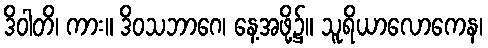
ဒိဝါတိ၊ ကား။ ဒိဝသဘာဂေ၊ နေ့အဖို့၌။ သူရိယာလောကေန၊